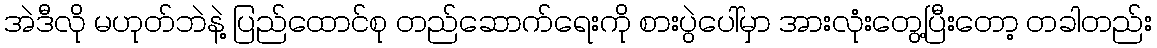
အဲဒီလို မဟုတ်ဘဲနဲ့ ပြည်ထောင်စု တည်ဆောက်ရေးကို စားပွဲပေါ်မှာ အားလုံးတွေ့ပြီးတော့ တခါတည်း